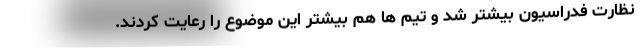
نظارت فدراسیون بیشتر شد و تیم ها هم بیشتر این موضوع را رعایت کردند.